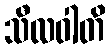
သီလဝါတိ